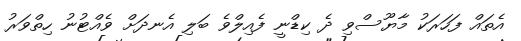
އެތައް ފަހަރަކު މާޔޫސްވި ދެ ކިޑްނީ ފެއިލްވެ ބަލި އެނދަށް ވެއްޓުނު ހިތްވަރު